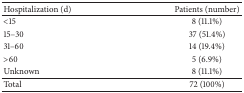
<table><thead><tr><td><b>Hospitalization (d)</b></td><td><b>Patients (number)</b></td></tr></thead><tbody><tr><td>&lt;15</td><td>8 (11.1%)</td></tr><tr><td>15–30</td><td>37 (51.4%)</td></tr><tr><td>31–60</td><td>14 (19.4%)</td></tr><tr><td>&gt;60</td><td>5 (6.9%)</td></tr><tr><td>Unknown</td><td>8 (11.1%)</td></tr><tr><td>Total</td><td>72 (100%)</td></tr></tbody></table>